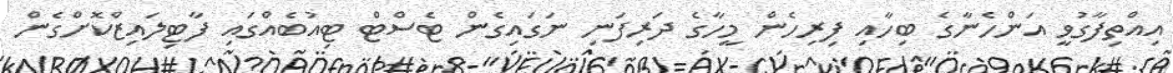
އިއްތިފާގުވީ އަންހެނާގެ ބިހާއި ފިރިހެން މީހާގެ ދަރިފަނި ނަގައިގެން ޓެސްޓް ޓިއުބެއްގައި ފާޓިލައިޒްކޮށްގެން